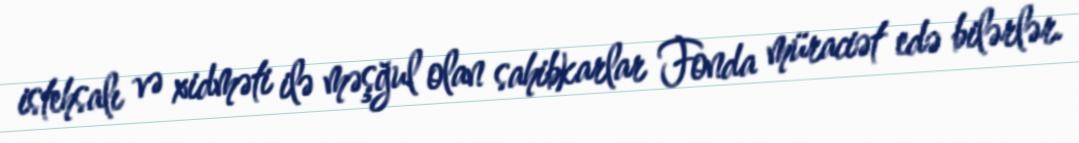
istehsalı və xidməti ilə məşğul olan sahibkarlar Fonda müraciət edə bilərlər.